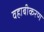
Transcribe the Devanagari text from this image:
वहाबीकरण